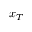
x _ { T }